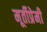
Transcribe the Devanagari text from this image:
मूर्तीप्रेमी